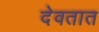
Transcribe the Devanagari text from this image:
देवतात